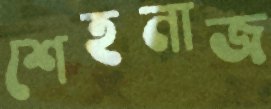
শেহনাজ